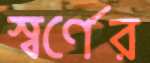
স্বর্ণের